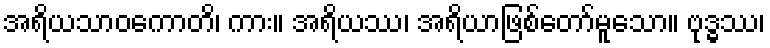
အရိယသာဝကောတိ၊ ကား။ အရိယဿ၊ အရိယာဖြစ်တော်မူသော။ ဗုဒ္ဓဿ၊